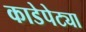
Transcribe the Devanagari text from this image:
काडेपेट्या